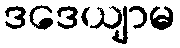
ဒဒေယျာမ